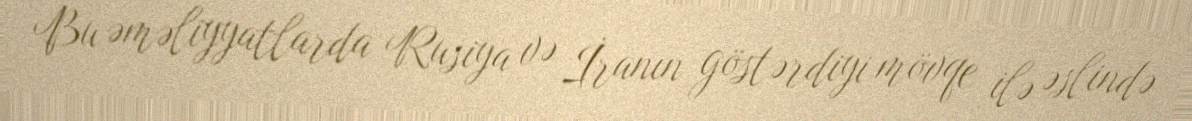
Bu əməliyyatlarda Rusiya və İranın göstərdiyi mövqe ilə əslində